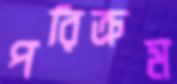
পরিক্রম